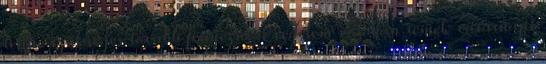
lenne szükséges tovább fényezni a védelem valóban remek vasárnapi